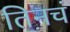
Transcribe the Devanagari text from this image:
तिनचं